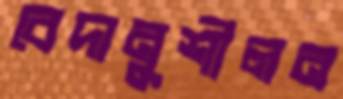
বেদানুশীলন